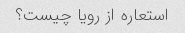
استعاره از رویا چیست؟